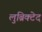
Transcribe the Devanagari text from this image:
लुब्रिक्टेद